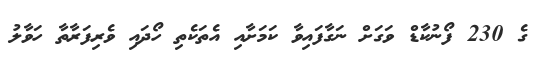
ގެ 230 ފޯނުކާޑް ވަގަށް ނަގާފައިވާ ކަމަށާއި އެތަކެތި ހޯދައި ވެރިފަރާތާ ހަވާލު